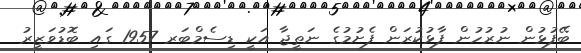
ބޭފުޅުން ނުރުހުން ފާޅުކުރަން ފެށުމުގެ ނަތީޖާ އަކީ ޑިސެމްބަރ 1957 ގައި ބޮޑުވަޒީރު